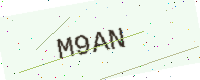
Text: M9AN